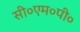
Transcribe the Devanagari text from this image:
सी०एम०पी०